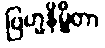
ဗြဟ္မနိမ္မိတာ